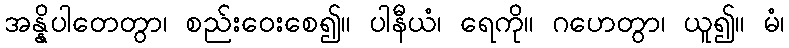
အန္နိပါတေတွာ၊ စည်းဝေးစေ၍။ ပါနီယံ၊ ရေကို။ ဂဟေတွာ၊ ယူ၍။ မံ၊